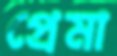
প্রেমা